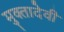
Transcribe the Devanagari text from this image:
मुक्तादेवी